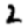
Digit: 2